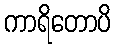
ကာရိတောပိ